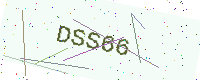
Text: DSS66